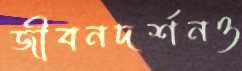
জীবনদর্শনও